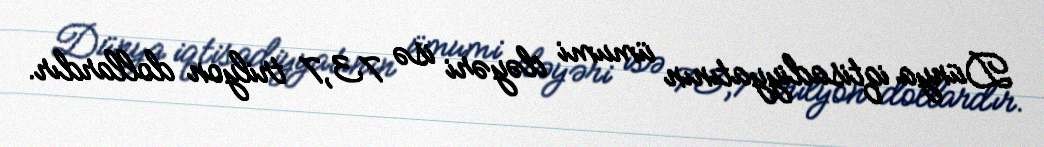
Dünya iqtisadiyyatının ümumi dəyəri isə 73,7 trilyon dollardır.